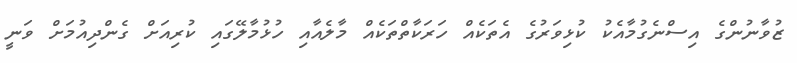
ޒުވާނުންގެ އިސްނެގުމާއެކު ކުޅިވަރުގެ އެތަކެއް ހަރަކާތްތަކެއް މާލެއާއި ހުޅުމާލޭގައި ކުރިއަށް ގެންދިއުމަށް ވަނީ